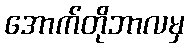
အောက်တိုဘာလမှ